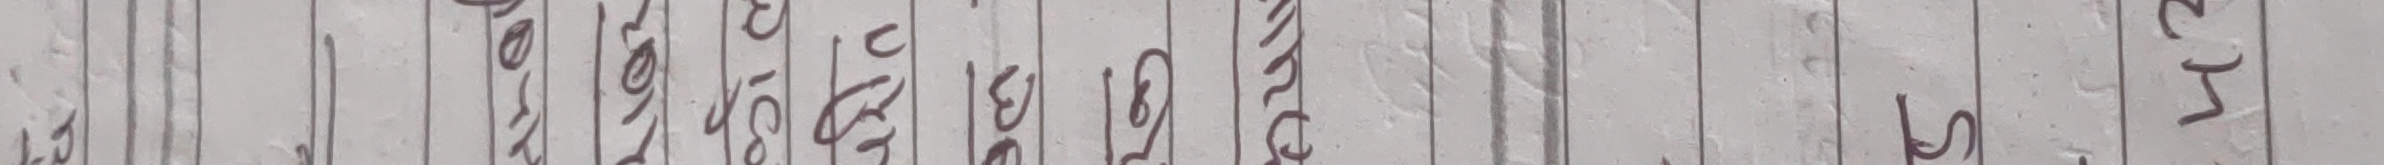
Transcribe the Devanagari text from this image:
ओजन लिए (१)